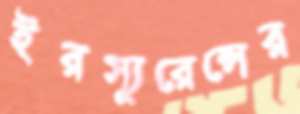
ইরস্যুরেন্সের